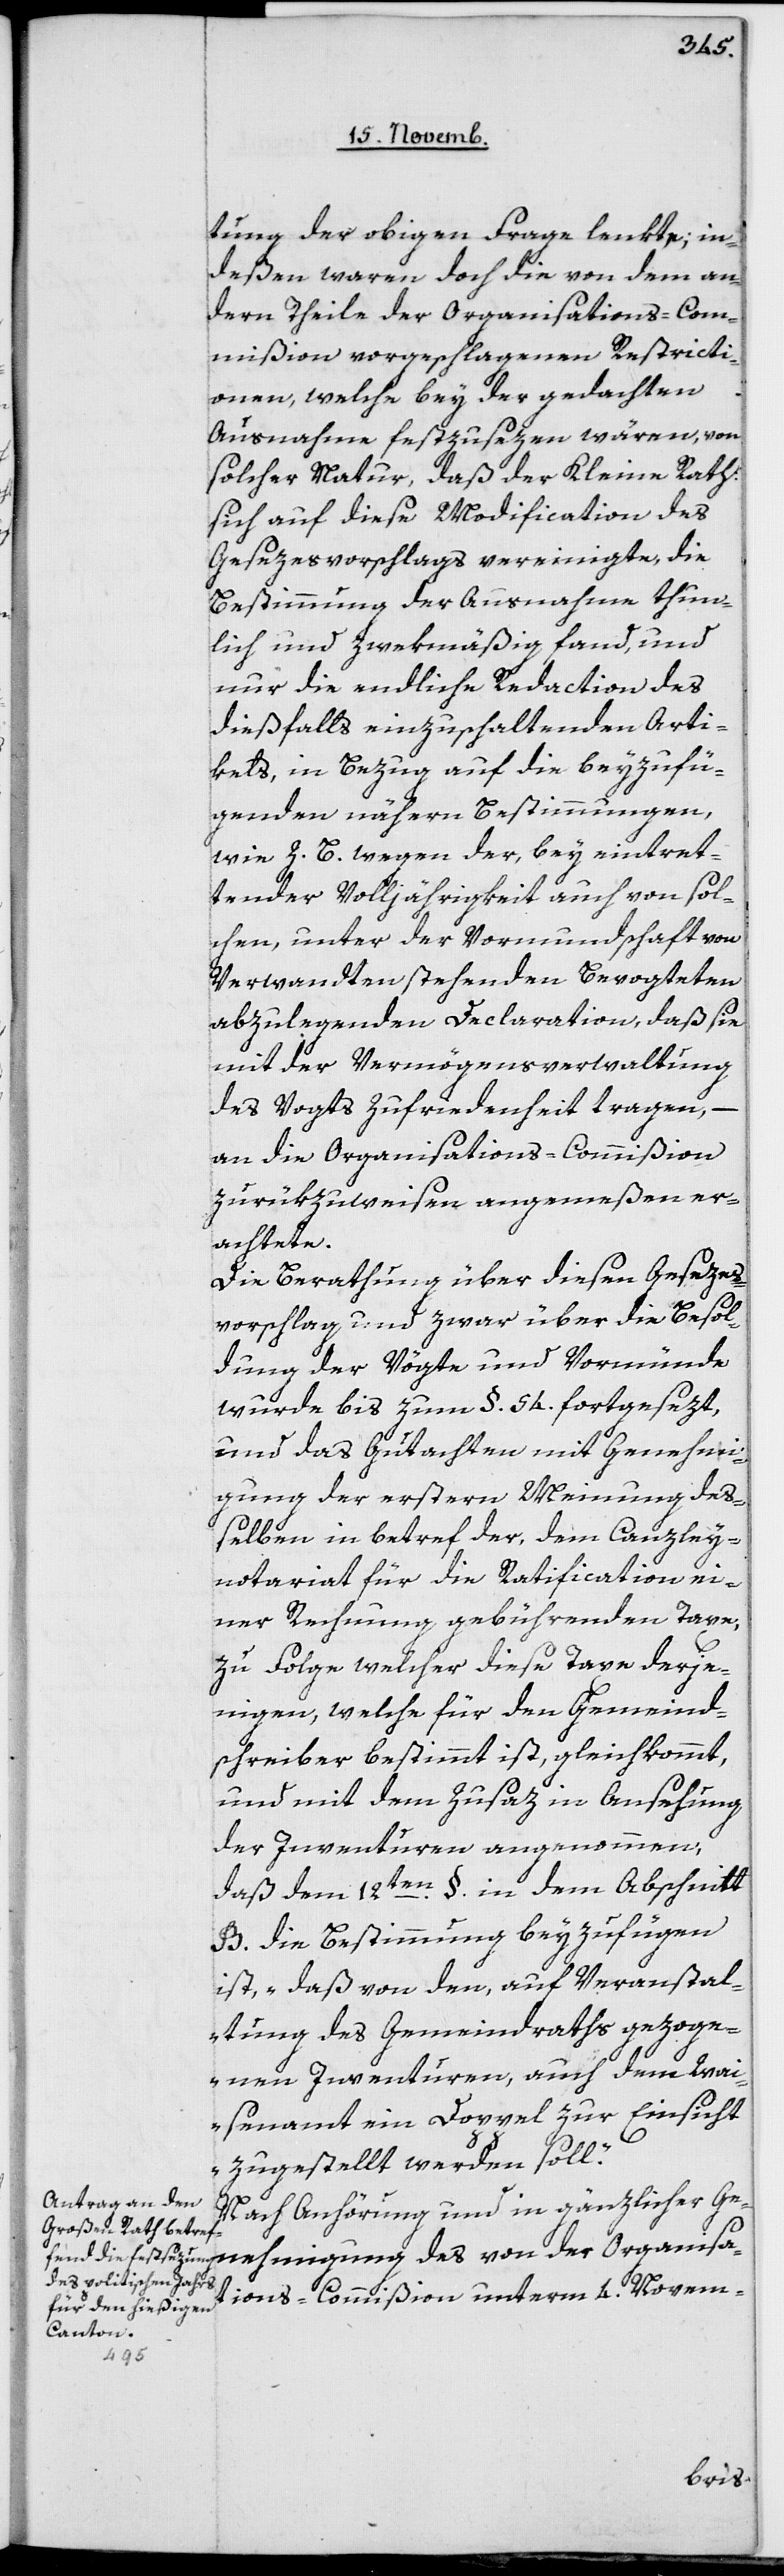
tung der obigen Frage lenkte; in¬
deßen waren doch die von dem an¬
dern Theile der Organisations-Com¬
mißion vorgeschlagenen Restricti¬
onen, welche bey der gedachten
Ausnahme festzusezen wären, von
solcher Natur, daß der Kleine Rath
sich auf diese Modification des
Gesezesvorschlags vereinigte, die
Bestimmung der Ausnahme thun¬
lich und zwekmäßig fand, und
nur die endliche Redaction des
dießfalls einzuhaltenden Arti¬
kels, in Bezug auf die beyzufü¬
genden nähern Bestimmungen,
wie z. B. wegen der, bey eintret¬
tender Volljährigkeit auch von sol¬
chen, unter der Vormundschaft von
Verwandten stehenden Bevogteten
abzulegenden Declaration, daß sie
mit der Vermögensverwaltung
des Vogts Zufriedenheit tragen, –
an die Organisations-Commißion
zurükzuweisen angemeßen er¬
achtete.
Die Berathung über diesen Gesezes¬
vorschlag, und zwar über die Besol¬
dung der Vögte und Vormünde
wurde bis zum § 54 fortgesezt,
und das Gutachten mit Genehmi¬
gung ersteren Meinung deß¬
elben in Betref der, dem Canzley¬
notariat für die Ratification ei¬
ner Rechnung gebührenden Taxe,
zufolge welcher diese Taxe derje¬
nigen, welche für den Gemeind¬
schreiber bestimmt ist, gleichkommt,
und mit dem Zusatz in Ansehung
der Inventuren angenommen,
daß dem 12ten § in dem Abschnitt
B die Bestimmung beyzufügen
ist, „daß von den, auf Veranstal¬
tung des Gemeindraths gezoge¬
nen Inventuren, auch dem Wa¬
isenamt ein Doppel zur Einsicht
zugestellt werden soll“.
Nach Anhörung und in gänzlicher Ge¬
nehmigung des von der Organisa¬
tions-Commißion unterm 4. Novem-